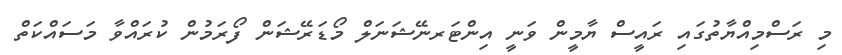
މި ރަސްމިއްޔާތުގައި ރައީސް ޔާމީން ވަނީ އިންޓަރނޭޝަނަލް މޯޑަރޭޝަން ފޯރަމުން ކުރައްވާ މަސައްކަތް